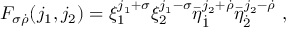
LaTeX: F _ { \sigma \dot { \rho } } ( j _ { 1 } , j _ { 2 } ) = \xi _ { 1 } ^ { j _ { 1 } + \sigma } \xi _ { 2 } ^ { j _ { 1 } - \sigma } \bar { \eta } _ { \dot { 1 } } ^ { j _ { 2 } + \dot { \rho } } \bar { \eta } _ { \dot { 2 } } ^ { j _ { 2 } - \dot { \rho } } \ ,